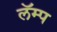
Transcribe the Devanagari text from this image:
लॅम्प